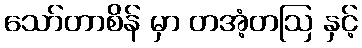
သော်တာစိန် မှာ တအံ့တဩ နှင့်